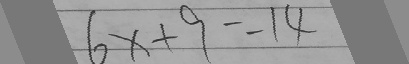
6 x + 9 = 1 4